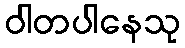
ဝါတပါနေသု